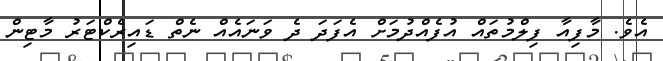
އެވެ. މާފިއާ ފިލްމުތައް އުފެއްދުމަށް އެފަދަ ދެ ވަނައެއް ނެތް ޑައިރެކްޓަރު މާޓިން